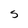
Character: S